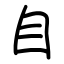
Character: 自